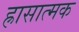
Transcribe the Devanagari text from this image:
ह्रासात्मक